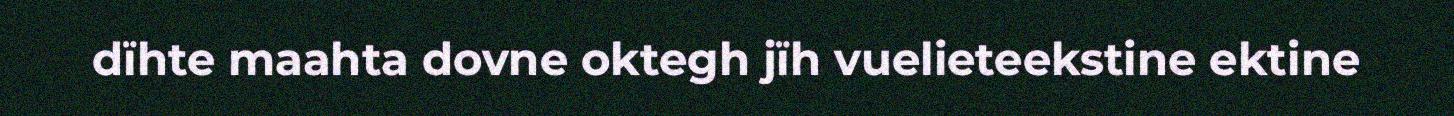
dïhte maahta dovne oktegh jïh vuelieteekstine ektine